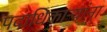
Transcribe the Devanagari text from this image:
पदाधिकाऱ्यांना